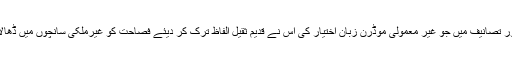
مغربی یورپ کا طالب علمانہ سفر کیا تھا، فرنچ پر عبور پایا تھا، اپنی تاریخ اور تصانیف میں جو غیر معمولی موڈرن زبان اختیار کی اس نے قدیم ثقیل الفاظ ترک کر دیئے فصاحت کو غیرملکی سانچوں میں ڈھالا تو انیسویں صدی شروع ہوتے ہوتے روسی تہذیبی دنیا دو حلقوں میں بٹ گئی۔